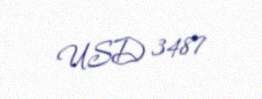
USD 3487